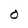
Character: O